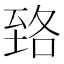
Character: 臵